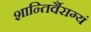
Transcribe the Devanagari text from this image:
शान्तिर्वैराग्यं